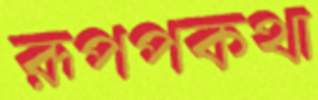
রূপপকথা